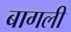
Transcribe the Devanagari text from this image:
बागली